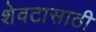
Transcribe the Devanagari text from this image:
शेवटासाठी